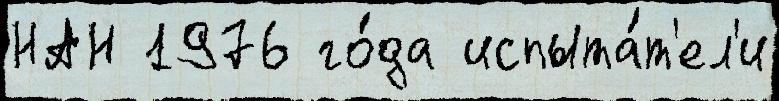
НАН 1976 го́да испыта́т'ел'и